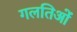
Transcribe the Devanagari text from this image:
गलतिओं